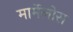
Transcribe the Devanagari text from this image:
मार्मेलोस